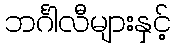
ဘင်္ဂါလီများနှင့်